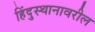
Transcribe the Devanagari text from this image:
हिंदुस्थानावरील